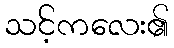
သင့်ကလေး၏